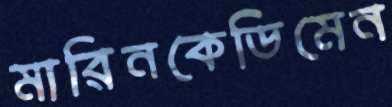
মারিনকেডিমেন